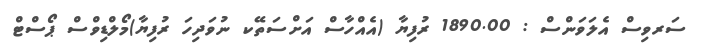
ސަރވިސް އެލަވަންސް : 1890.00 ރުފިޔާ (އެއްހާސް އަށްސަތޭކ ނުވަދިހަ ރުފިޔާ)މޯލްޑިވްސް ޕޯސްޓް